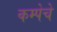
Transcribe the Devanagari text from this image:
कम्पेचे